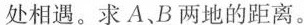
处相遇。求A、B两地的距离。